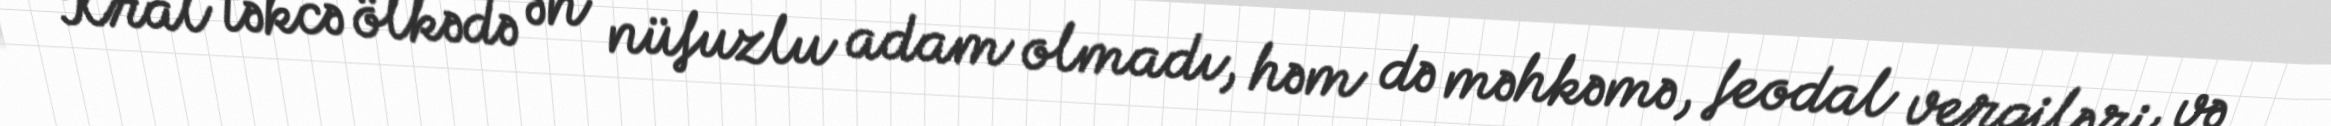
Kral təkcə ölkədə ən nüfuzlu adam olmadı, həm də məhkəmə, feodal vergiləri və